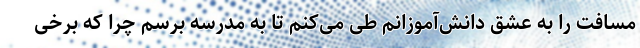
مسافت را به عشق دانش‌آموزانم طی می‌کنم تا به مدرسه برسم چرا که برخی